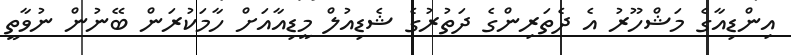
އިންޑިއާގެ މަޝްހޫރު އެ ދެތަރިންގެ ދަތުރުގެ ޝެޑިއުލް މީޑިއާއަށް ހާމަކުރަން ބޭނުން ނުވާތީ